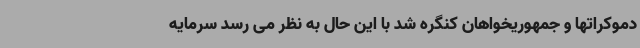
دموکراتها و جمهوریخواهان کنگره شد با این حال به نظر می رسد سرمایه